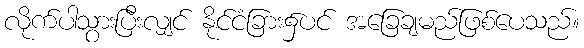
လိုက်ပါသွားပြီးလျှင် နိုင်ငံခြား၌ပင် အခြေချမည်ဖြစ်ပေသည်။